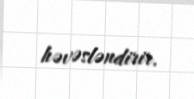
həvəsləndirir.